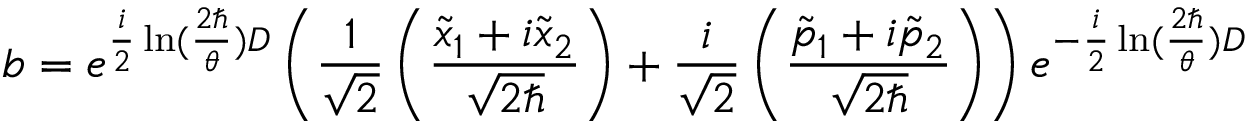
b = e ^ { \frac { i } { 2 } \ln ( \frac { 2 \hbar } { \theta } ) D } \left( \frac { 1 } { \sqrt { 2 } } \left( \frac { \tilde { x } _ { 1 } + i \tilde { x } _ { 2 } } { \sqrt { 2 \hbar } } \right) + \frac { i } { \sqrt { 2 } } \left( \frac { \tilde { p } _ { 1 } + i \tilde { p } _ { 2 } } { \sqrt { 2 \hbar } } \right) \right) e ^ { - \frac { i } { 2 } \ln ( \frac { 2 \hbar } { \theta } ) D }